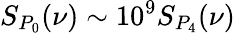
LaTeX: S_{P_{0}}(\nu)\sim 10^{9}S_{P_{4}}(\nu)